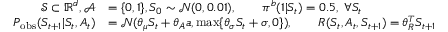
\begin{array} { r l } { \mathcal { S } \subset \mathbb { R } ^ { d } , \mathcal { A } } & { = \{ 0 , 1 \} , S _ { 0 } \sim \mathcal { N } ( 0 , 0 . 0 1 ) , \qquad \pi ^ { b } ( 1 | S _ { t } ) = 0 . 5 , \; \forall S _ { t } } \\ { P _ { \mathrm { o b s } } ( S _ { t + 1 } | S _ { t } , A _ { t } ) } & { = \mathcal { N } ( \theta _ { \mu } S _ { t } + \theta _ { A } a , \operatorname* { m a x } \{ \theta _ { \sigma } S _ { t } + \sigma , 0 \} ) , \qquad R ( S _ { t } , A _ { t } , S _ { t + 1 } ) = \theta _ { R } ^ { T } S _ { t + 1 } } \end{array}